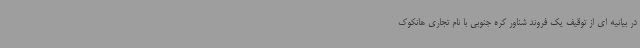
در بیانیه ای از توقیف یک فروند شناور کره جنوبی با نام تجاری هانکوک